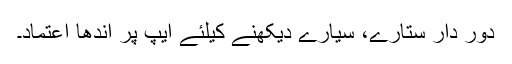
دور دار ستارے، سیارے دیکھنے کیلئے ایپ پر اندھا اعتماد۔